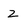
Character: Z